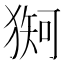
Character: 𪻇